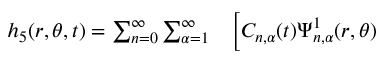
\begin{array} { r l } { h _ { 5 } ( r , \theta , t ) = \sum _ { n = 0 } ^ { \infty } \sum _ { \alpha = 1 } ^ { \infty } } & { { } \Big [ C _ { n , \alpha } ( t ) \Psi _ { n , \alpha } ^ { 1 } ( r , \theta ) } \end{array}